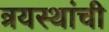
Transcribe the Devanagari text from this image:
त्रयस्थांची